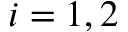
i = 1 , 2